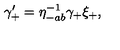
\gamma _ { + } ^ { \prime } = \eta _ { - a b } ^ { - 1 } \gamma _ { + } \xi _ { + } ,